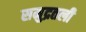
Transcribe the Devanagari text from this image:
समुद्रतली